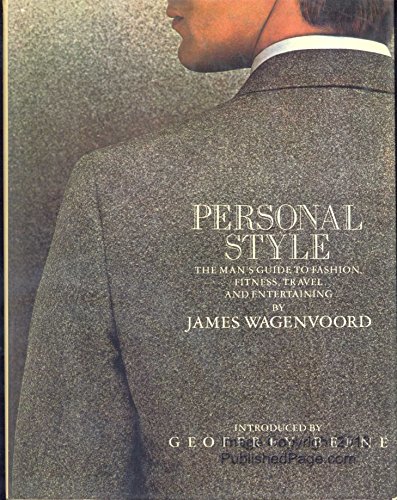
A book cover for Personal Style; James Wagenvoord; Business & Money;